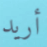
أريد